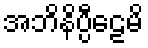
အဘိနိပ္ပီဠေမိ